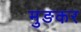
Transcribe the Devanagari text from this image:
मुङकर